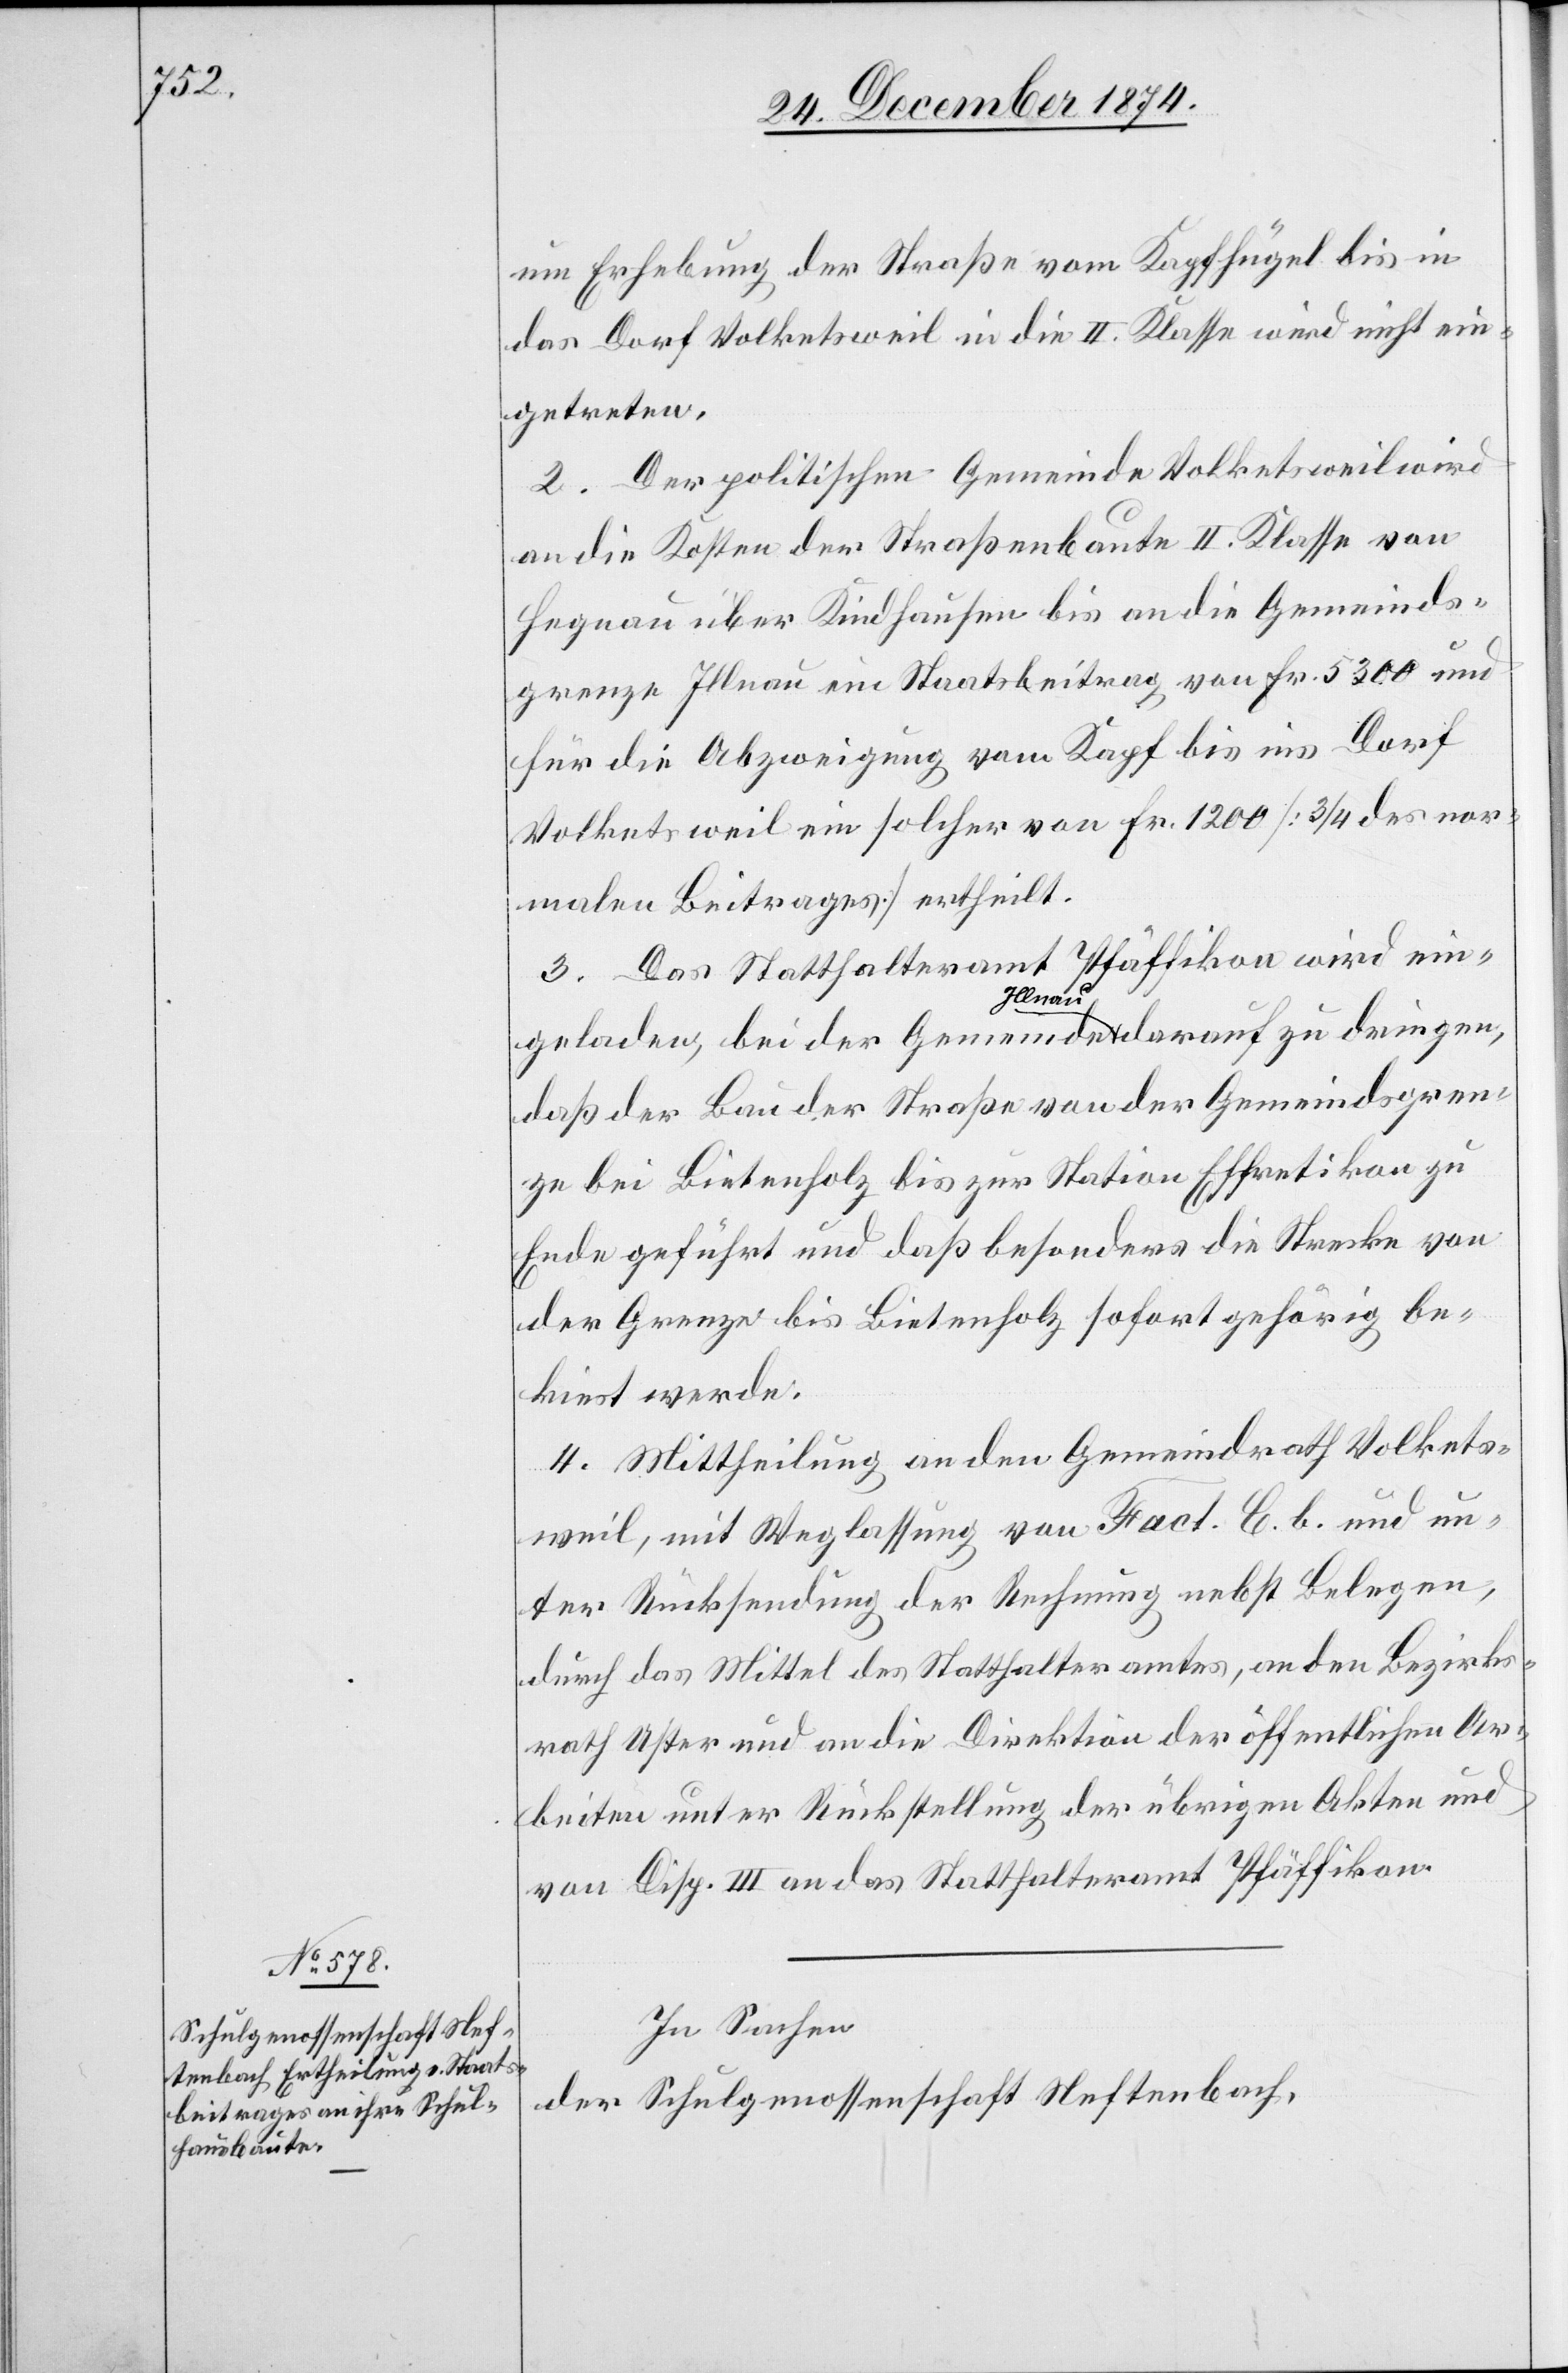
um Erhebung der Straße vom Kapfhügel bis in
das Dorf Volketsweil in die II. Klasse wird nicht ein¬
getreten.
2. Der politischen Gemeinde Volketsweil wird
an die Kosten der Straßenbaute II. Klasse von
Hegnau über Kindhausen bis an die Gemeinds¬
grenze Illnau ein Staatsbeitrag von Fr. 5300 und
für die Abzweigung vom Kapf bis ins Dorf
Volketsweil ein solcher von Fr. 1200 [3/4 des nor¬
malen Beitrages] ertheilt.
Pfäffikon wird ein¬
3. Das Statthalteramt
dringen,
daß der Bau der Straße von der Gemeindsgren¬
ze bei Bietenholz bis zur Station Effretikon zu
Ende geführt und daß besonders die Strecke von
der Grenze bis Bietenholz sofort gehörig be¬
kiest werde.
4. Mittheilung an den Gemeindrath Volkets¬
weil, mit Weglassung von Fact. C. b. und un¬
ter Rücksendung der Rechnung nebst Belegen,
durch das Mittel des Statthalteramtes, an den Bezirks¬
rath Uster und an die Direktion der öffentlichen Ar¬
beiten unter Rückstellung der übrigen Akten und
von Disp. III an das Statthalteramt Pfäffikon.
In Sachen
der Schulgenossenschaft Neftenbach,